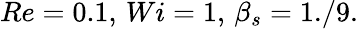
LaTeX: Re=0.1,\, Wi=1,\, \beta_{s}=1./9.